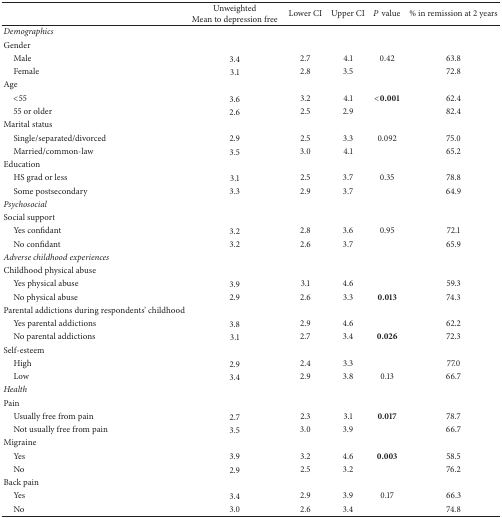
<table><thead><tr><td><b> </b></td><td><b>Unweighted Mean to depression free</b></td><td><b>Lower CI</b></td><td><b>Upper CI</b></td><td><b><i>P</i> value</b></td><td><b>% in remission at 2 years</b></td></tr></thead><tbody><tr><td><i>Demographics </i></td><td> </td><td> </td><td> </td><td> </td><td> </td></tr><tr><td>Gender</td><td> </td><td> </td><td> </td><td> </td><td> </td></tr><tr><td> Male</td><td>3.4</td><td>2.7</td><td>4.1</td><td>0.42</td><td>63.8</td></tr><tr><td> Female</td><td>3.1</td><td>2.8</td><td>3.5</td><td> </td><td>72.8</td></tr><tr><td>Age</td><td> </td><td> </td><td> </td><td> </td><td> </td></tr><tr><td> &lt;55</td><td>3.6</td><td>3.2</td><td>4.1</td><td><b>&lt;0.001</b></td><td>62.4</td></tr><tr><td> 55 or older</td><td>2.6</td><td>2.5</td><td>2.9</td><td> </td><td>82.4</td></tr><tr><td>Marital status</td><td> </td><td> </td><td> </td><td> </td><td> </td></tr><tr><td> Single/separated/divorced</td><td>2.9</td><td>2.5</td><td>3.3</td><td>0.092</td><td>75.0</td></tr><tr><td> Married/common-law</td><td>3.5</td><td>3.0</td><td>4.1</td><td> </td><td>65.2</td></tr><tr><td>Education</td><td> </td><td> </td><td> </td><td> </td><td> </td></tr><tr><td> HS grad or less</td><td>3.1</td><td>2.5</td><td>3.7</td><td>0.35</td><td>78.8</td></tr><tr><td> Some postsecondary</td><td>3.3</td><td>2.9</td><td>3.7</td><td> </td><td>64.9</td></tr><tr><td><i>Psychosocial </i></td><td> </td><td> </td><td> </td><td> </td><td> </td></tr><tr><td>Social support</td><td> </td><td> </td><td> </td><td> </td><td> </td></tr><tr><td> Yes confidant</td><td>3.2</td><td>2.8</td><td>3.6</td><td>0.95</td><td>72.1</td></tr><tr><td> No confidant</td><td>3.2</td><td>2.6</td><td>3.7</td><td> </td><td>65.9</td></tr><tr><td><i>Adverse childhood experiences </i></td><td> </td><td> </td><td> </td><td> </td><td> </td></tr><tr><td>Childhood physical abuse</td><td> </td><td> </td><td> </td><td> </td><td> </td></tr><tr><td> Yes physical abuse</td><td>3.9</td><td>3.1</td><td>4.6</td><td> </td><td>59.3</td></tr><tr><td> No physical abuse</td><td>2.9</td><td>2.6</td><td>3.3</td><td><b>0.013</b></td><td>74.3</td></tr><tr><td>Parental addictions during respondents&#x27; childhood</td><td> </td><td> </td><td> </td><td> </td><td> </td></tr><tr><td> Yes parental addictions</td><td>3.8</td><td>2.9</td><td>4.6</td><td> </td><td>62.2</td></tr><tr><td> No parental addictions</td><td>3.1</td><td>2.7</td><td>3.4</td><td><b>0.026</b></td><td>72.3</td></tr><tr><td>Self-esteem</td><td> </td><td> </td><td> </td><td> </td><td> </td></tr><tr><td> High</td><td>2.9</td><td>2.4</td><td>3.3</td><td> </td><td>77.0</td></tr><tr><td> Low</td><td>3.4</td><td>2.9</td><td>3.8</td><td>0.13</td><td>66.7</td></tr><tr><td><i>Health </i></td><td> </td><td> </td><td> </td><td> </td><td> </td></tr><tr><td>Pain</td><td> </td><td> </td><td> </td><td> </td><td> </td></tr><tr><td> Usually free from pain</td><td>2.7</td><td>2.3</td><td>3.1</td><td><b>0.017</b></td><td>78.7</td></tr><tr><td> Not usually free from pain</td><td>3.5</td><td>3.0</td><td>3.9</td><td> </td><td>66.7</td></tr><tr><td>Migraine</td><td> </td><td> </td><td> </td><td> </td><td> </td></tr><tr><td> Yes</td><td>3.9</td><td>3.2</td><td>4.6</td><td><b>0.003</b></td><td>58.5</td></tr><tr><td> No</td><td>2.9</td><td>2.5</td><td>3.2</td><td> </td><td>76.2</td></tr><tr><td>Back pain</td><td> </td><td> </td><td> </td><td> </td><td> </td></tr><tr><td> Yes</td><td>3.4</td><td>2.9</td><td>3.9</td><td>0.17</td><td>66.3</td></tr><tr><td> No</td><td>3.0</td><td>2.6</td><td>3.4</td><td> </td><td>74.8</td></tr></tbody></table>